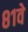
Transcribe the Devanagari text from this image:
८१वे